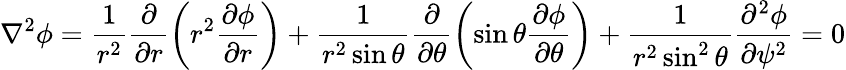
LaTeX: \nabla^{2}\phi=\frac{1}{r^{2}}\frac{\partial}{\partial r}\left(r^{2}\frac{\partial\phi}{\partial r}\right)+\frac{1}{r^{2}\sin\theta}\frac{\partial}{\partial\theta}\left(\sin\theta\frac{\partial\phi}{\partial\theta}\right)+\frac{1}{r^{2}\sin^{2}\theta}\frac{\partial^{2}\phi}{\partial\psi^{2}}=0